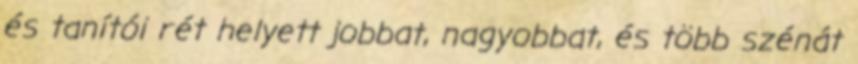
és tanítói rét helyett jobbat, nagyobbat, és több szénát